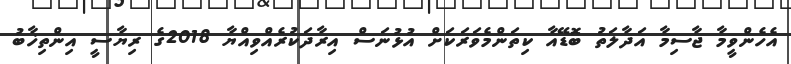
އެހެންވީމާ ޖާސިމާ އަދާލަތު ބޮޑޭއާ ކިތަންމެވަރަކަށް އުޅުނަސް އިރާދަކުރެއްވިއްޔާ 2018ގެ ރިޔާސީ އިންތިޚާބު